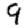
Digit: 9